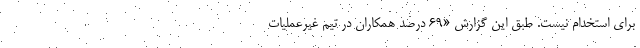
برای استخدام نیست. طبق این گزارش «69 درصد همکاران در تیم غیرعملیات